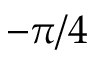
- \pi / 4